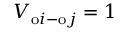
V _ { \mathrm { o } i - \mathrm { o } j } = 1